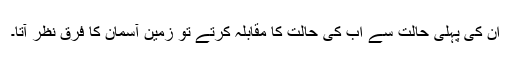
ان کی پہلی حالت سے اب کی حالت کا مقابلہ کرتے تو زمین آسمان کا فرق نظر آتا۔